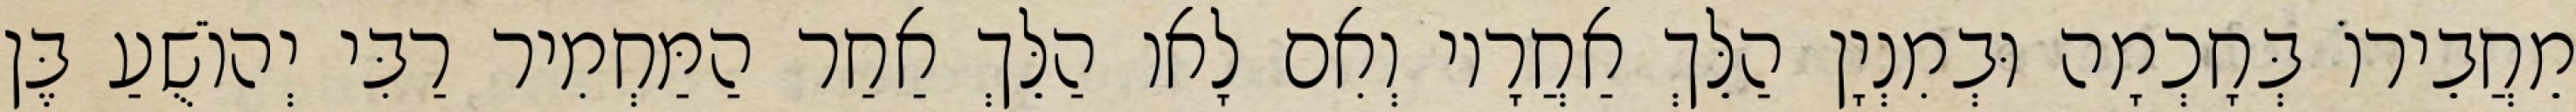
מֵחֲבֵירוֹ בְּחָכְמָה וּבְמִנְיָן הַלֵּךְ אַחֲרָיו וְאִם לָאו הַלֵּךְ אַחַר הַמַּחְמִיר רַבִּי יְהוֹשֻׁעַ בֶּן